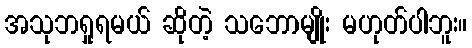
အသုဘရှုရမယ် ဆိုတဲ့ သဘောမျိုး မဟုတ်ပါဘူး။